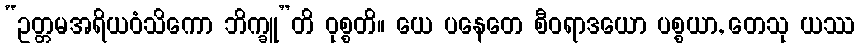
“ဥတ္တမအရိယဝံသိကော ဘိက္ခူ”တိ ဝုစ္စတိ။ ယေ ပနေတေ စီဝရာဒယော ပစ္စယာ, တေသု ယဿ